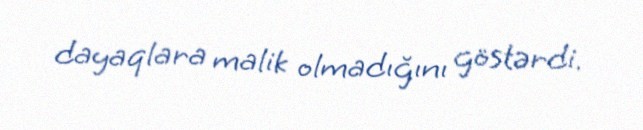
dayaqlara malik olmadığını göstərdi.